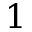
1